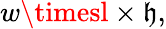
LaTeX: w\timesl\times\mathfrak{h},